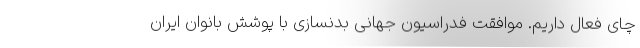
چای فعال داریم. موافقت فدراسیون جهانی بدنسازی با پوشش بانوان ایران